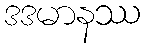
ဒဒမာနဿ